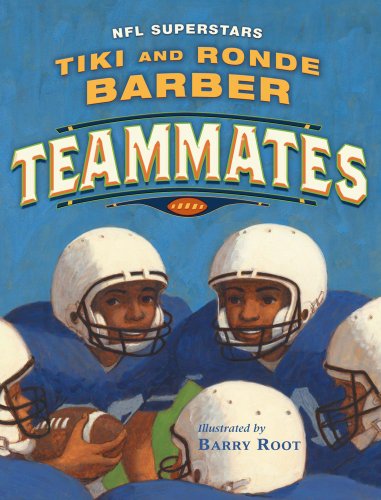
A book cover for Teammates; Tiki Barber; Children's Books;